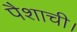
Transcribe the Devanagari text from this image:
पैशाची।